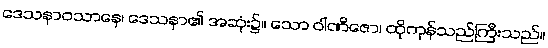
ဒေသနာဝသာနေ၊ ဒေသနာ၏ အဆုံး၌။ သော ဝါဏိဇော၊ ထိုကုန်သည်ကြီးသည်။